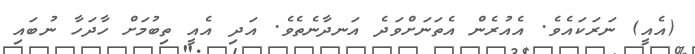
(އެއީ) ނަރަކައެވެ. އެއުރެން އެތަނަށްވަދެ އަނދާނެތެވެ. އަދި އެއީ ތިބުމަށް ހާދަހާ ނުބައި